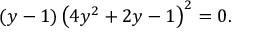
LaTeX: ( y - 1 ) \left( 4 y ^ { 2 } + 2 y - 1 \right) ^ { 2 } = 0 .